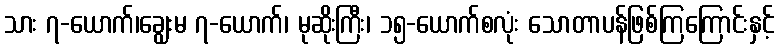
သား ၇-ယောက်၊ချွေးမ ၇-ယောက်၊ မုဆိုးကြီး၊ ၁၅-ယောက်စလုံး သောတာပန်ဖြစ်ကြကြောင်းနှင့်